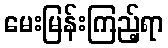
မေးမြန်းကြည့်ရာ